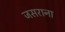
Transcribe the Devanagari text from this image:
जसराना